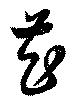
芲